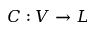
C : V \rightarrow L